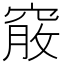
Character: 𥦵